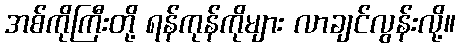
အစ်ကိုကြီးတို့ ရန်ကုန်ကိုများ လာချင်လွန်းလို့။